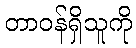
တာဝန်ရှိသူကို